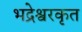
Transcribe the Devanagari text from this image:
भद्रेश्वरकृत